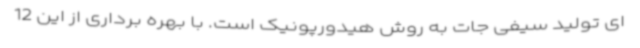
ای تولید سیفی جات به روش هیدورپونیک است. با بهره برداری از این 12